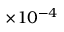
\times 1 0 ^ { - 4 }